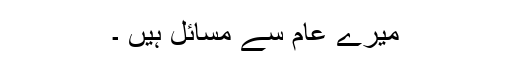
میرے عام سے مسائل ہیں ۔